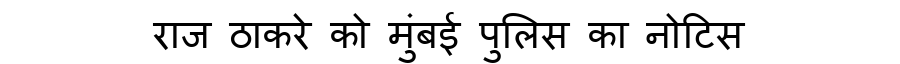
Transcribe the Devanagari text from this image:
राज ठाकरे को मुंबई पुलिस का नोटिस